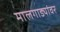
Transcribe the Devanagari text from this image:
मालगाड्यांवर